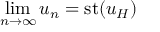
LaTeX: \operatorname* { l i m } _ { n \to \infty } u _ { n } = { \mathrm { s t } } ( u _ { H } )